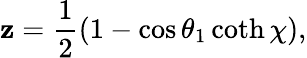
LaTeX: \mathbf{z}=\frac{{1}}{{2}}(1-\cos\theta_{1}\coth\chi),